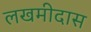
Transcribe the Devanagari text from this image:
लखमीदास